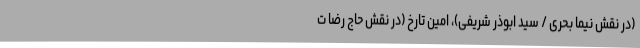
(در نقش نیما بحری / سید ابوذر شریفی)، امین تارخ (در نقش حاج رضا ت